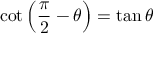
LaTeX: \cot \left( { \frac { \pi } { 2 } } - \theta \right) = \tan \theta